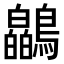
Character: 𫛘